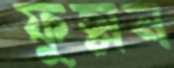
ফুস্‌লন